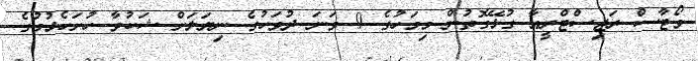
ވޯޓާސް ރަޖިސްޓްރީއާ ގުޅޭގޮތުން މިމަހުގެ 9 ވަނަ ދުވަހުގެ ނިޔަލަށް ޝަކުވާ ހުށަހެޅުމުގެ